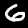
Digit: 6